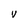
Character: V